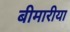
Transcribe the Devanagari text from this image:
बीमारीया